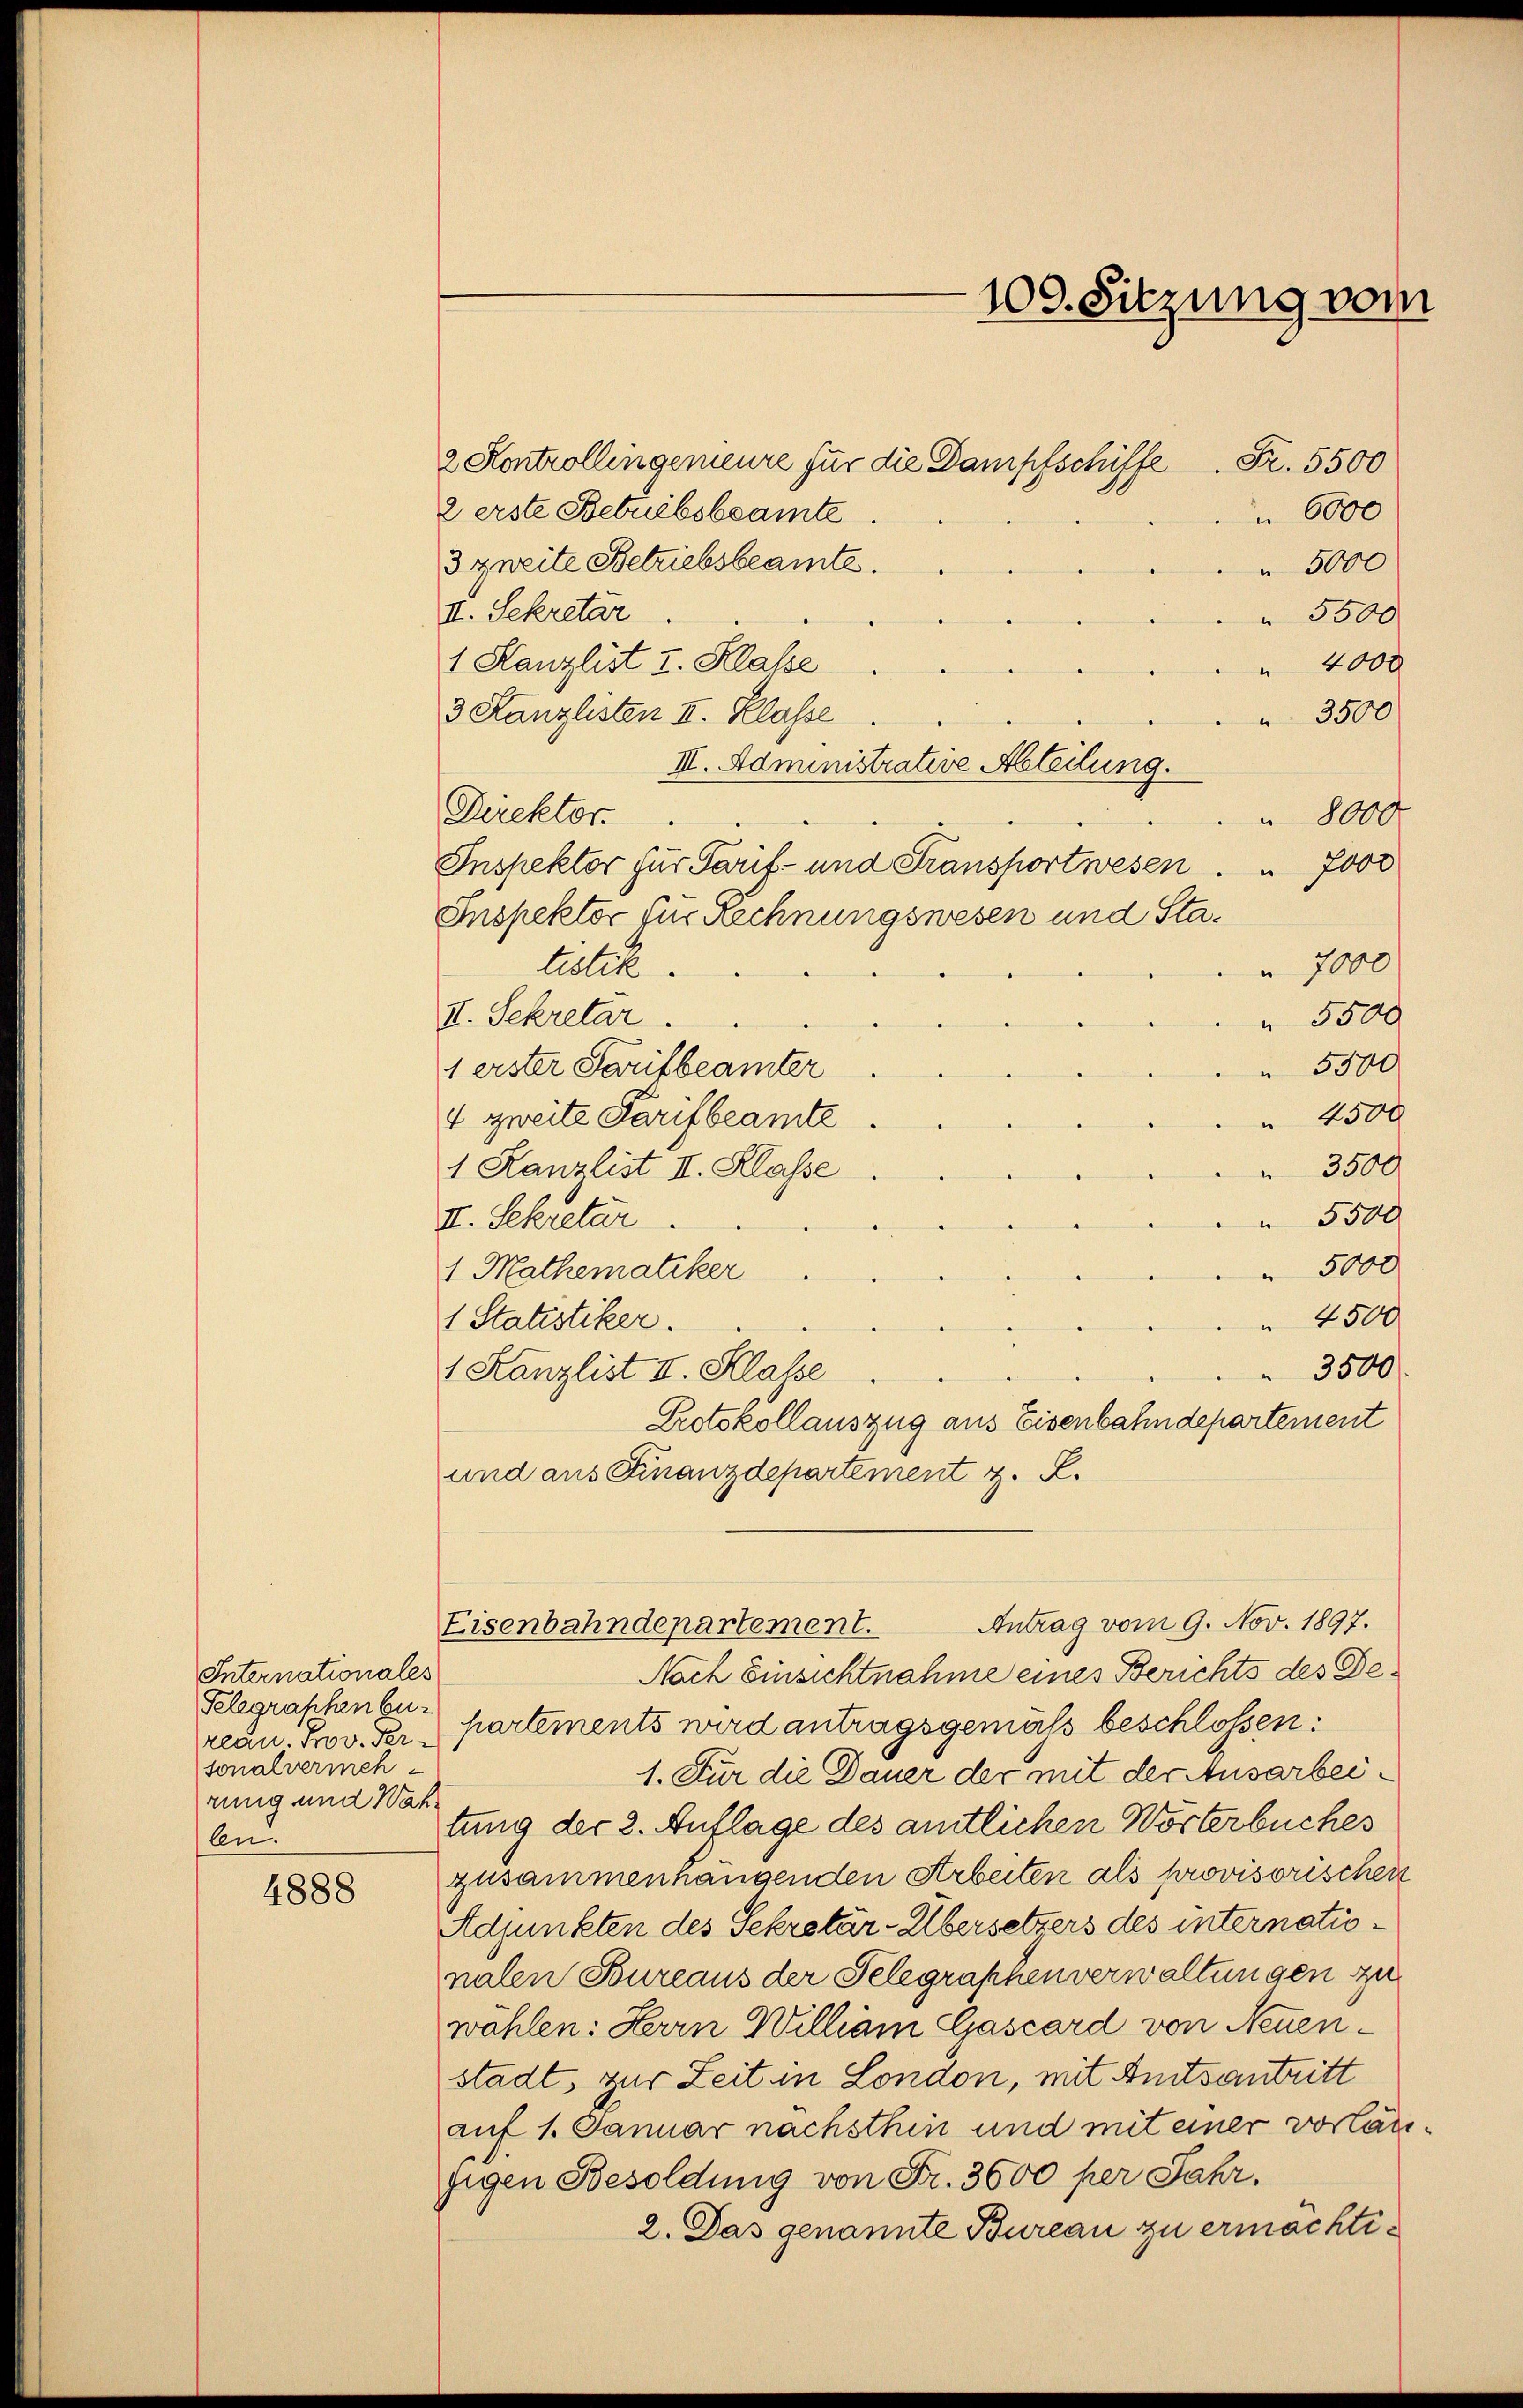
Internationales
Telegraphen besonalvermehrung und Wah
An.

4888

2 Kontrollingemeure für die Dampfschiffe. Fr. 5500
2 erste Betribsbeamte.
3 zweite Betriebsbeamte.
II. Sekretär
1 Kanzlist v. Klasse
3 Kanzlisten II. Klasse
III. Administrative Abteilung.
Direktor.
 8000.
Inspektor für Tarif- und Fransportwesen. 7000
Inspektor für Rechnungswesen und Statistik.
 7000
II. Sekretär
 5500
 5500
1 erster Tarifbeamter
4500
4 zweite Tarifbeamte
3500
1 Kanzlist II. Klasse
 5500
II. Sekretär
5000
1 Mathematiker
 4500
1 Statistiker.
 3500
1 Kanzlist II. Klasse
Protokollauszug aus Eisenbahndepartement
und aus Finanzdepartement z. B.
Antrag vom 9. Nov. 1897.
Eisenbahndepartement.
Nach Einsichtnahme eines Berichts des Derean. Prov. der Partements wird antragsgemäss beschlossen:
1. Für die Dauer der mit der Ausarbeitung der 2. Auflage des amtlichen Wörterbuches
zusammenhangenden Arbeiten als provisorischen
Adjunkten des Sekretär-Übersetzers des internationalen Toureaus der Telegraphenverwaltungen zu
wählen: Herrn William Gascard von Neuenstadt zur Zeit in London, mit Amtsantritt
auf 1. Januar nachsthin und mit einer vorläut
gigen Besoldung von Fr. 3600 per Jahr.
2. Das genannte Bureau zu ermächti¬

100. Sitzung vom

6000
 5000
 5500
" 4000
3500